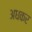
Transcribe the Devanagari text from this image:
अधकर